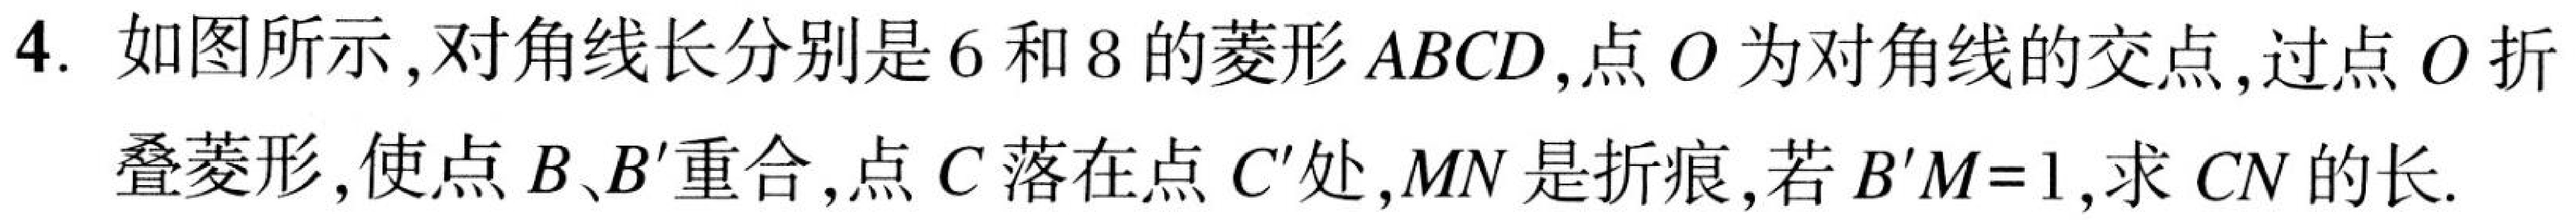
4. 如图所示,对角线长分别是\(6\)和\(8\)的菱形\(ABCD\),点\(O\)为对角线的交点,过点\(O\)折
叠菱形,使点\(B\)、\(B'\)重合,点\(C\)落在点\(C'\)处,\(MN\)是折痕,若\(B'M = 1\),求\(CN\)的长.